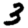
Digit: 3